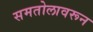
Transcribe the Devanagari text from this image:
समतोलावरून